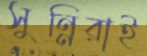
সুন্নিরাই